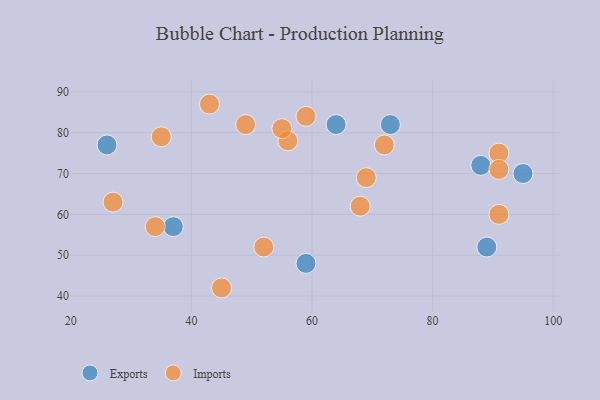
{"axis": {"x": "GDP", "y": "Life Expectancy"}, "legend": ["Exports", "Imports"], "data": [{"x": "59", "y": 48, "type": "Exports"}, {"x": "95", "y": 70, "type": "Exports"}, {"x": "26", "y": 77, "type": "Exports"}, {"x": "89", "y": 52, "type": "Exports"}, {"x": "88", "y": 72, "type": "Exports"}, {"x": "64", "y": 82, "type": "Exports"}, {"x": "73", "y": 82, "type": "Exports"}, {"x": "37", "y": 57, "type": "Exports"}, {"x": "56", "y": 78, "type": "Imports"}, {"x": "52", "y": 52, "type": "Imports"}, {"x": "34", "y": 57, "type": "Imports"}, {"x": "91", "y": 60, "type": "Imports"}, {"x": "59", "y": 84, "type": "Imports"}, {"x": "43", "y": 87, "type": "Imports"}, {"x": "49", "y": 82, "type": "Imports"}, {"x": "69", "y": 69, "type": "Imports"}, {"x": "45", "y": 42, "type": "Imports"}, {"x": "72", "y": 77, "type": "Imports"}, {"x": "91", "y": 75, "type": "Imports"}, {"x": "68", "y": 62, "type": "Imports"}, {"x": "91", "y": 71, "type": "Imports"}, {"x": "55", "y": 81, "type": "Imports"}, {"x": "35", "y": 79, "type": "Imports"}, {"x": "27", "y": 63, "type": "Imports"}]}